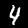
Label: 4